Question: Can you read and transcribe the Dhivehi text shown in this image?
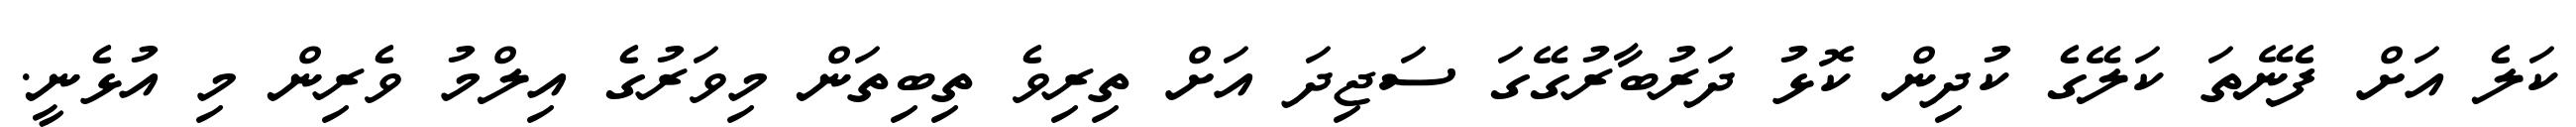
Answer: ކަލެ އަށް ފެނޭތަ ކަލޭގެ ކުދިން ކޮޅު ދަރުބާރުގޭގަ ސަޖިދަ އަށް ތިރިވެ ތިބިތަން މިވަރުގެ އިލްމު ވެރިން މި އުޅެނީ.